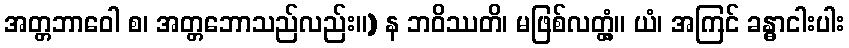
အတ္တဘာဝေါ စ၊ အတ္တဘောသည်လည်း။) န ဘဝိဿတိ၊ မဖြစ်လတ္တံ့။ ယံ၊ အကြင် ခန္ဓာငါးပါး